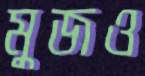
মুজও